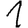
Digit: 1